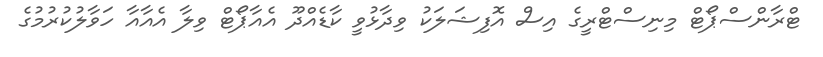
ޓްރާންސްޕޯޓް މިނިސްޓްރީގެ އިސް އޮފިޝަލަކު ވިދާޅުވީ ކާޑެއްދޫ އެއާޕޯޓް ވިލާ އެއާއާ ހަވާލުކުރުމުގެ